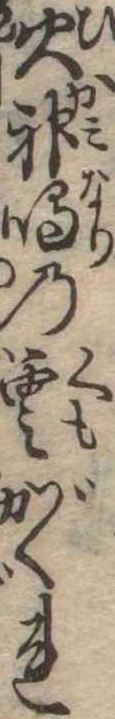
火神鳴の雲がくれ